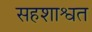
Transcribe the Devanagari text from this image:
सहशाश्वत